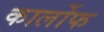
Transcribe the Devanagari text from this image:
कार्लोफ